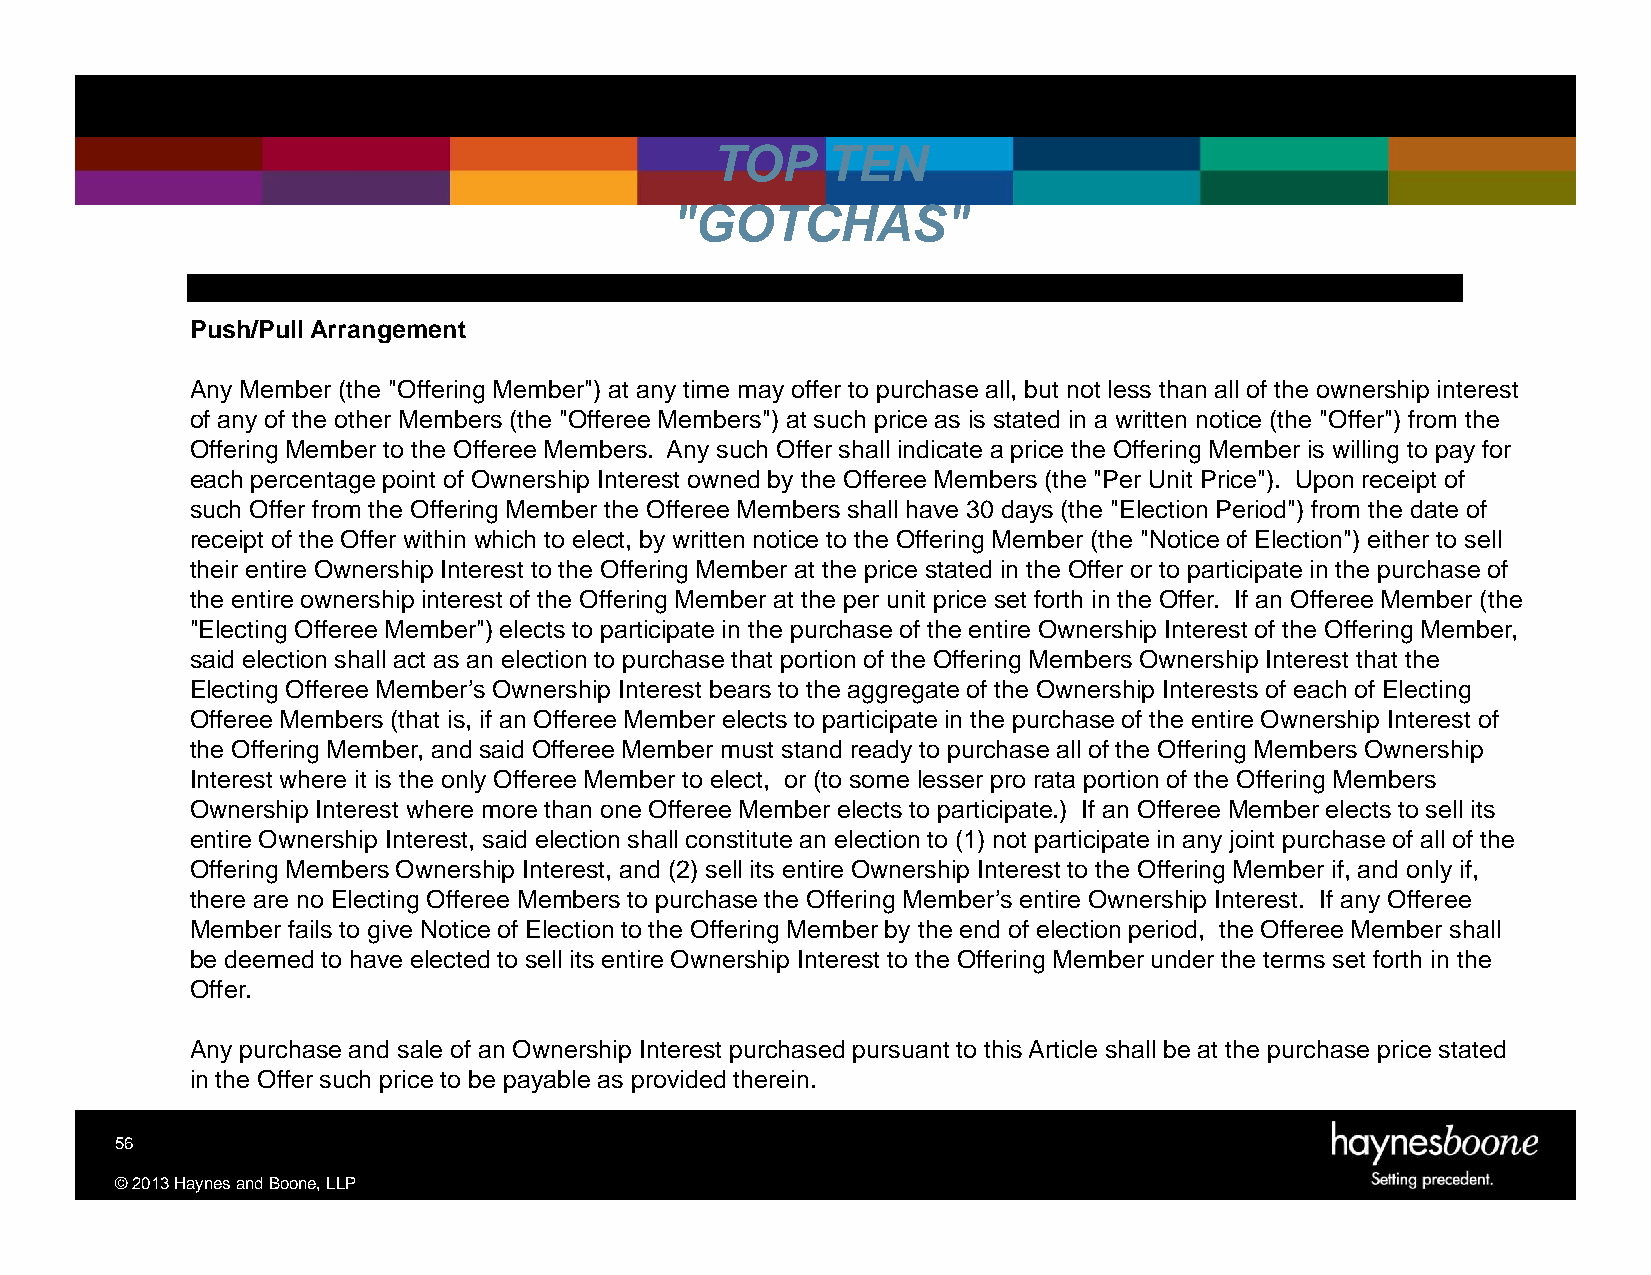
TOP     TEN
 "GOTCHAS"
 Push/Pull Arrangement
 Any Member (the "Offering Member")at any time may offer to purchase all, but not less than all of the ownership interest
 of any of the other Members (the "OffereeMembers") at such price as is stated in a written notice (the "Offer")from the
 Offering Memberto the Offeree Members. Any such Offer shall indicate a price the Offering Member is willing to pay for
 each percentage point of Ownership Interest owned by the Offeree Members (the "Per Unit Price"). Upon receipt of
 such Offer from the OfferingMember the OffereeMembers shall have 30 days (the "Election Period")from the date of
 receipt of the Offer within which to elect, by written notice to the Offering Member (the "Notice of Election") either to sell
 their entire Ownership Interest to the OfferingMember at the price stated in the Offer or to participate in the purchaseof
 the entire ownership interest of the Offering Member at the per unit price set forth in the Offer. If an Offeree Member (the
 "Electing OffereeMember") elects to participatein the purchase of the entire Ownership Interest of the OfferingMember,
 said election shall act as an election to purchase that portion of the OfferingMembers Ownership Interest that the
 Electing Offeree Member’s Ownership Interest bears to the aggregate of the Ownership Interests of each of Electing
 Offeree Members(that is, if an Offeree Member elects to participatein the purchase of the entire Ownership Interest of
 the OfferingMember, and said OffereeMember must stand ready to purchase all of the Offering MembersOwnership
 Interest where it is the only OffereeMember to elect, or (to some lesser pro rata portion of the OfferingMembers
 Ownership Interest where more than one Offeree Member elects to participate.) If an Offeree Memberelects to sell its
 entire Ownership Interest, said election shall constitute an election to (1) not participate in any joint purchaseof all of the
 Offering MembersOwnership Interest, and (2) sell its entire Ownership Interest to the OfferingMember if, and only if,
 there are no Electing Offeree Membersto purchasethe Offering Member’sentire Ownership Interest. If any Offeree
 Member fails to give Notice of Election to the Offering Memberby the end of electionperiod, the OffereeMember shall
 be deemedto have elected to sell its entire Ownership Interest to the OfferingMember underthe terms set forth in the
 Offer.
 Any purchaseand sale of an Ownership Interest purchasedpursuant to thisArticle shall be at the purchase pricestated
 in the Offer such price to be payable as provided therein.
 56
 ©2013HaynesandBoone,LLP